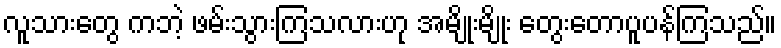
လူသားတွေ ကဘဲ့ ဖမ်းသွားကြသလားဟု အမျိုးမျိုး တွေးတောပူပန်ကြသည်။